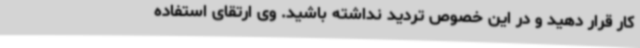
کار قرار دهید و در این خصوص تردید نداشته باشید. وی ارتقای استفاده